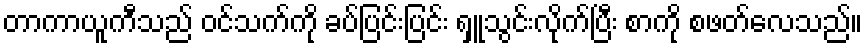
တာကာယူကီသည် ဝင်သက်ကို ခပ်ပြင်းပြင်း ရှူသွင်းလိုက်ပြီး စာကို စဖတ်လေသည်။